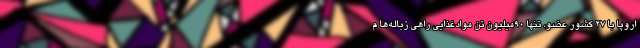
اروپا با ٢٧ کشور عضو، تنها ٩٠‌میلیون تن موادغذایی راهی زباله‌ها م